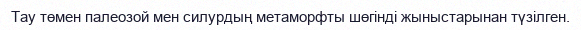
Тау төмен палеозой мен силурдың метаморфты шөгінді жыныстарынан түзілген.